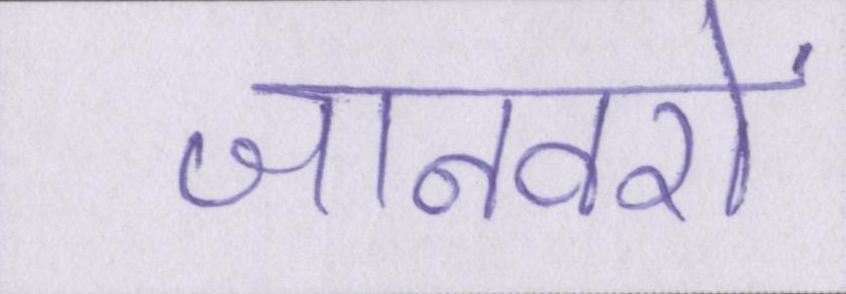
जानवरों